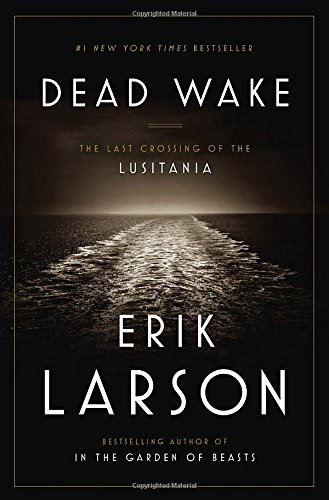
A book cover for Dead Wake: The Last Crossing of the Lusitania; Erik Larson; Engineering & Transportation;